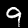
Digit: 9